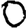
Digit: 0